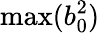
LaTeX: \operatorname*{max}(b_{0}^{2})